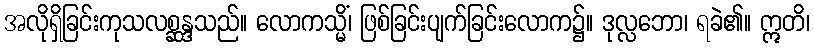
အလိုရှိခြင်းကုသလစ္ဆန္ဒသည်။ လောကသ္မိံ၊ ဖြစ်ခြင်းပျက်ခြင်းလောက၌။ ဒုလ္လဘော၊ ရခဲ၏။ ဣတိ၊